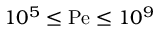
1 0 ^ { 5 } \le \mathrm { P e } \le 1 0 ^ { 9 }